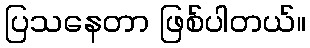
ပြသနေတာ ဖြစ်ပါတယ်။